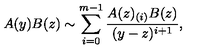
A ( y ) B ( z ) \sim \sum _ { i = 0 } ^ { m - 1 } \frac { A ( z ) _ { ( i ) } B ( z ) } { ( y - z ) ^ { i + 1 } } ,